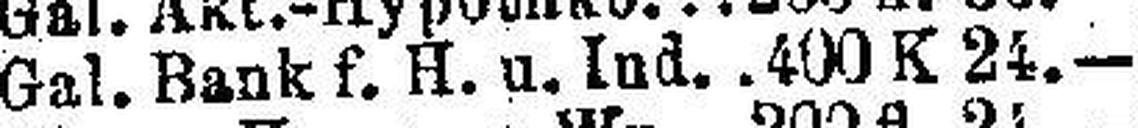
Gal. Bank f. H. u. Ind. 400 K 24.—